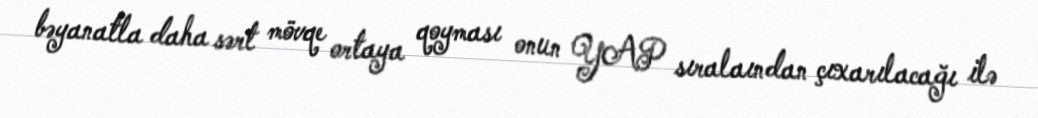
bəyanatla daha sərt mövqe ortaya qoyması onun YAP sıralaından çıxarılacağı ilə